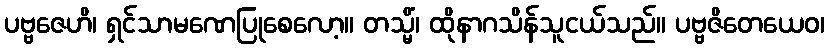
ပဗ္ဗဇေဟိ၊ ရှင်သာမဏေပြုစေလော့။ တသ္မိံ၊ ထိုနာဂသိန်သူငယ်သည်။ ပဗ္ဗဇိတေယေဝ၊